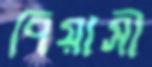
পিয়াসী